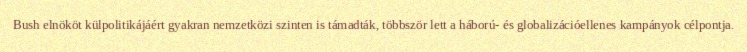
Bush elnököt külpolitikájáért gyakran nemzetközi szinten is támadták, többször lett a háború- és globalizációellenes kampányok célpontja.